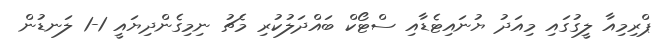
ޕްރިމިއާ ލީގުގައި މިއަދު ޔުނައިޓެޑާއި ސްޓޯކް ބައްދަލުކުރި މެޗު ނިމިގެންދިޔައީ 1-1 ލަނޑުން